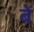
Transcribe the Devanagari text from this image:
बें